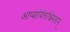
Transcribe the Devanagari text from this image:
आप्यायिताश्चिमतान्